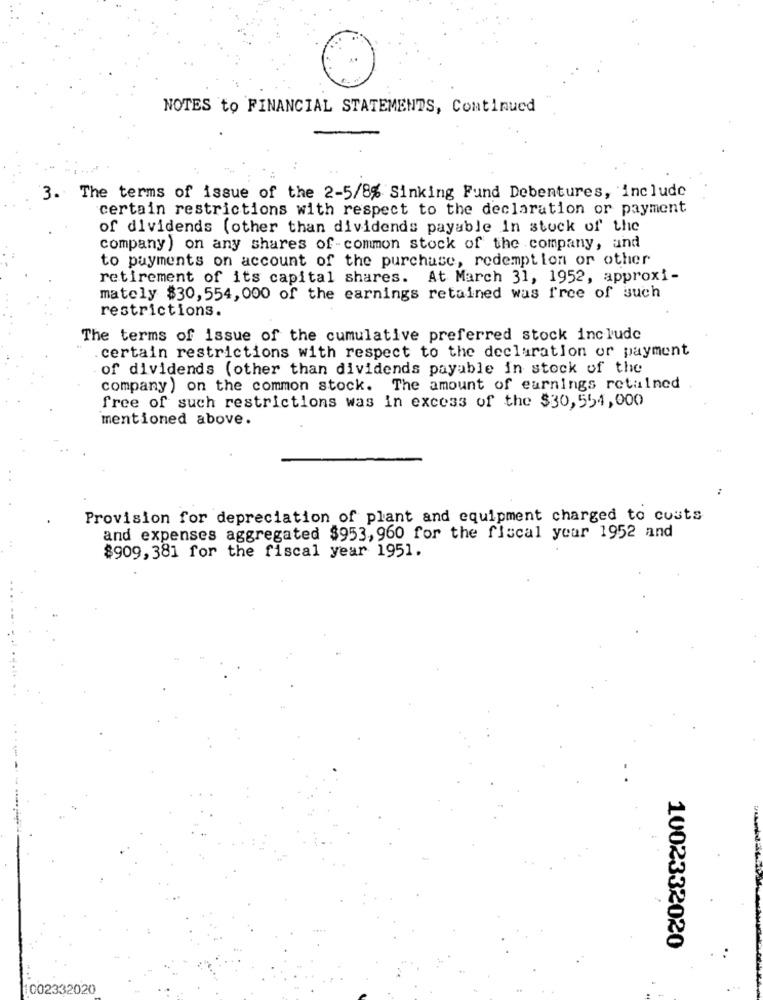
NOTES to FINANCIAL STATEMENTS, Continued
3. The terms of issue of the 2-5/8% Sinking Fund Debentures, include
certain restrictions with respect to the declaration or payment
of dividends (other than dividends payable in stock of the
company ) on any shares of-common stock of the company, and
to payments on account of the purchase, redemption or other
retirement of its capital shares. At March 31, 1952, approxi-
mately $30,554, 000 of the earnings retained was free of such
restrictions.
The terms of issue of the cumulative preferred stock include
.certain restrictions with respect to the declaration or payment
of dividends (other than dividends payable in stock of the
company ) on the common stock. The amount of earnings retained
free of such restrictions was in excess of the $30,554,000
mentioned above.
:
Provision for depreciation of plant and equipment charged to costs
and expenses aggregated $953,960 for the fiscal year 1952 and
8909, 381 for the fiscal year 1951.
1002332020
002332020